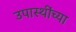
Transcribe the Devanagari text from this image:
उपास्थींच्या